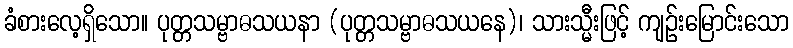
ခံစားလေ့ရှိသော။ ပုတ္တသမ္ဗာဓသယနာ (ပုတ္တသမ္ဗာဓသယနေ)၊ သားသ္မီးဖြင့် ကျဉ်းမြောင်းသော